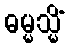
ဓမ္မသ္မိံ